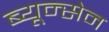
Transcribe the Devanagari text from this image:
ब्यून्सेन